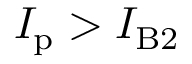
I _ { \mathrm { p } } > I _ { \mathrm { B } 2 }